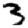
Digit: 3